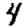
Digit: 4